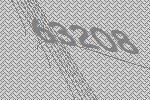
63208